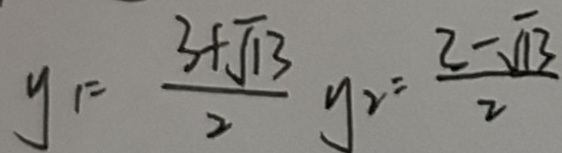
y _ { 1 } = \frac { 3 + \sqrt { 1 3 } } { 2 } y _ { 2 } = \frac { 3 - \sqrt { 1 3 } } { 2 }